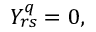
\begin{array} { r } { Y _ { r s } ^ { q } = 0 , } \end{array}